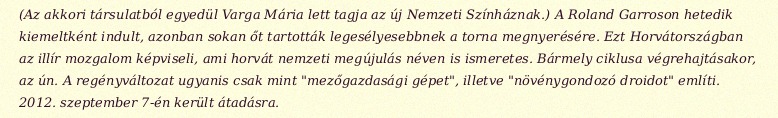
(Az akkori társulatból egyedül Varga Mária lett tagja az új Nemzeti Színháznak.) A Roland Garroson hetedik kiemeltként indult, azonban sokan őt tartották legesélyesebbnek a torna megnyerésére. Ezt Horvátországban az illír mozgalom képviseli, ami horvát nemzeti megújulás néven is ismeretes. Bármely ciklusa végrehajtásakor, az ún. A regényváltozat ugyanis csak mint "mezőgazdasági gépet", illetve "növénygondozó droidot" említi. 2012. szeptember 7-én került átadásra.